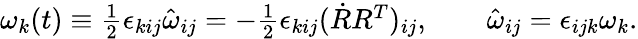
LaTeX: \begin{array}{r}{\omega_{k}(t)\equiv\frac 12\epsilon_{kij}\hat{\omega}_{ij}=-\frac 12\epsilon_{kij}(\dot{R}R^{T})_{ij},\qquad\hat{\omega}_{ij}=\epsilon_{ijk}\omega_{k}.}\end{array}